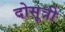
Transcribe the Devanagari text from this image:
दोसूत्री